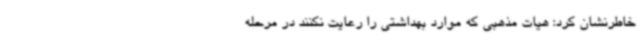
خاطرنشان کرد: هیات مذهبی که موارد بهداشتی را رعایت نکنند در مرحله